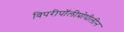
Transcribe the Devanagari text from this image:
विपरीपॉलीप्रोपीलीन